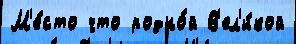
М'е́сто что родно́й В'ел'и́кой